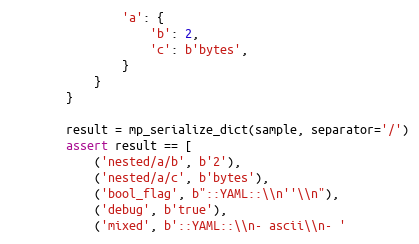
Language: Python
                'a': {
                    'b': 2,
                    'c': b'bytes',
                }
            }
        }

        result = mp_serialize_dict(sample, separator='/')
        assert result == [
            ('nested/a/b', b'2'),
            ('nested/a/c', b'bytes'),
            ('bool_flag', b"::YAML::\\n''\\n"),
            ('debug', b'true'),
            ('mixed', b'::YAML::\\n- ascii\\n- '